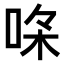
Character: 𠳸